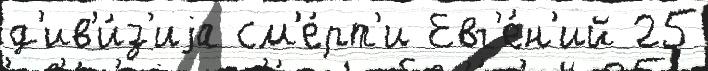
д'ив'и́з'иjа см'е́рт'и Евг'е́н'ий 25